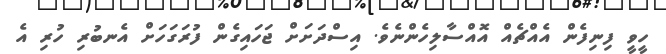
ހީވީ ފިނިފެން އެއްޗެއް އޮއްސާލިހެންނެވެ. އިސްދަށަށް ޖަހައިގެން ފުރަގަހަށް އެނބުރި ހުރި އެ